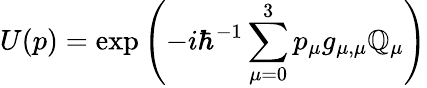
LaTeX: U(p)=\exp\left(-i\hbar^{-1}\sum_{\mu=0}^{3}p_{\mu}g_{\mu,\mu}\mathbb{Q}_{\mu}\right)